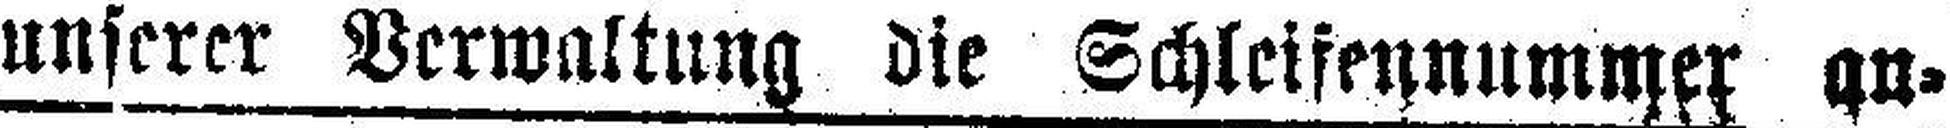
unserer Verwaltung die Schleifennummer an¬